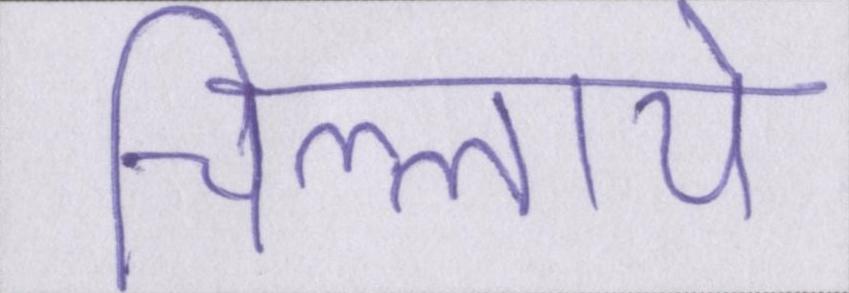
चिल्लाये